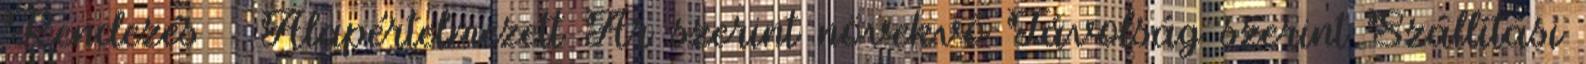
Rendezés Alapértelmezett Ár szerint növekvő Távolság szerint Szállítási